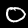
Label: 0